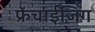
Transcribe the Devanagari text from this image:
फ्रेंचाईजिंग